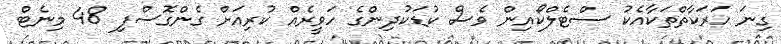
ގިނަ ހަރަކާތްތަކާއެކު ސްޓެލްކޯއިން ވެސް ކުޑަކުދިންގެ ހަވީރެއް ކުރިއަށް ގެންގޮސްފި 48 މިނެޓް